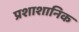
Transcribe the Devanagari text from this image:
प्रशाशानिक